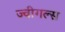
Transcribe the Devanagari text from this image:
ज्वीगल्स